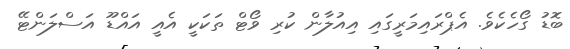
ބޮޑު ގޯހެކެވެ. އެޕްރައިމަރީގައި އިއުލާން ކުރި ވޯޓް ތަކަކީ އެއީ އައްޑޫ އަސްލަންޓޭ